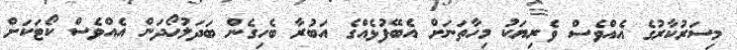
މިސަރުކާރުގެ އެއްވެސް ވެރިޔަކު މިހާތަނަށް އެބޭފުޅެއްގެ އަބުރާ ބެހިގެން ބަދަލުހޯދަން އެއްވެސް ކޯޓަކަށް